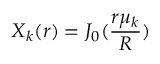
X _ { k } ( r ) = J _ { 0 } ( \frac { r \mu _ { k } } { R } )